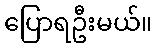
ပြောရဦးမယ်။